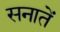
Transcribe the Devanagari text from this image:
सनातें